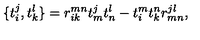
\{ t _ { i } ^ { j } , t _ { k } ^ { l } \} = r _ { i k } ^ { m n } t _ { m } ^ { j } t _ { n } ^ { l } - t _ { i } ^ { m } t _ { k } ^ { n } r _ { m n } ^ { j l } ,